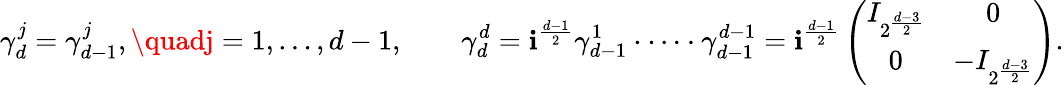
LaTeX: \gamma_{d}^{j}=\gamma_{d-1}^{j},\quadj=1,\dots,d-1,\qquad\gamma_{d}^{d}=\mathbf{i}^{\frac{{d-1}}{2}}\gamma_{d-1}^{1}\cdot\dots\cdot\gamma_{d-1}^{d-1}=\mathbf{i}^{\frac{{d-1}}{2}}\left(\begin{array}{cc}{I_{2^{\frac{d-3}2}}}&{0}\\ {0}&{-I_{2^{\frac{d-{3}}2}}}\end{array}\right).